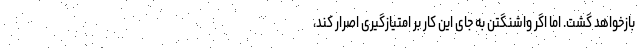
بازخواهد گشت. اما اگر واشنگتن به جای این کار بر امتیازگیری اصرار کند،